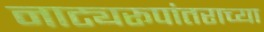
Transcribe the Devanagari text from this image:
नाट्यरूपांतराच्या